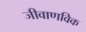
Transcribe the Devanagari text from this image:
जीवाणविक